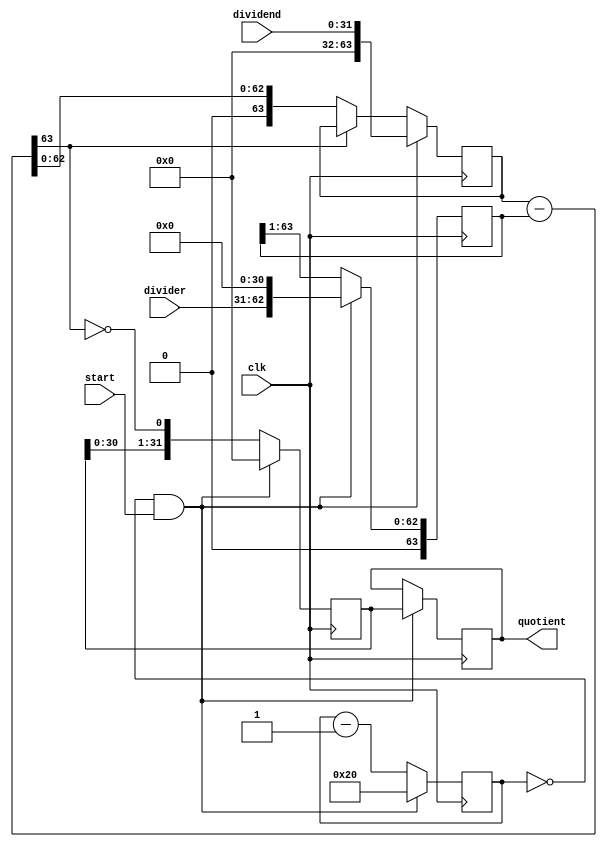
module div(
	input wire clk,
	input wire start,
	input wire [31:0] dividend,
	input wire [31:0] divider,
	output wire [31:0] quotient
);

assign quotient = result;

reg [31:0] quotient_reg;
reg [31:0] result;
reg [63:0] dividend_copy, divider_copy, diff;
wire [31:0] remander = dividend_copy[31:0];

reg [5:0] bit = 6'd0;
wire ready = !bit;

always @( posedge clk )
begin
	if ( ready && start ) begin
		bit = 6'd32;
		result <= quotient_reg;
		quotient_reg = 0;
		dividend_copy = {32'd0, dividend};	
		divider_copy = {1'b0, divider, 31'd0};
	end else begin
		diff = dividend_copy - divider_copy;
		// if negitave shift a 0 into quotient
		quotient_reg = {quotient_reg[30:0], ~diff[63]};
		divider_copy = {1'b0, divider_copy[63:1]};
		if (!diff[63])
			dividend_copy = diff;
		bit = bit - 1;
	end
end

endmodule